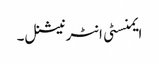
ایمنسٹی انٹرنیشنل۔